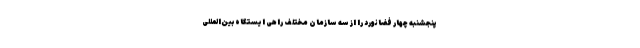
پنجشنبه چهار فضانورد را از سه سازمان مختلف راهی ایستگاه بین‌المللی